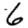
Digit: 6